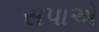
સપાએ